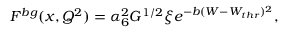
F ^ { b g } ( x , Q ^ { 2 } ) = \alpha _ { 6 } ^ { 2 } G ^ { 1 / 2 } \xi e ^ { - b ( W - W _ { t h r } ) ^ { 2 } } ,